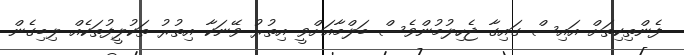
ފެންތިކިތަށް އައިސް ގައިގާ ޖެހިލުމުންވެސް ބަލްމާއަށްވީ އިތުރު ވޭނަކާ އިތުރު ތަކުލީފުތަކެއް ލިބިގެން